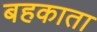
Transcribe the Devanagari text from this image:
बहकाता